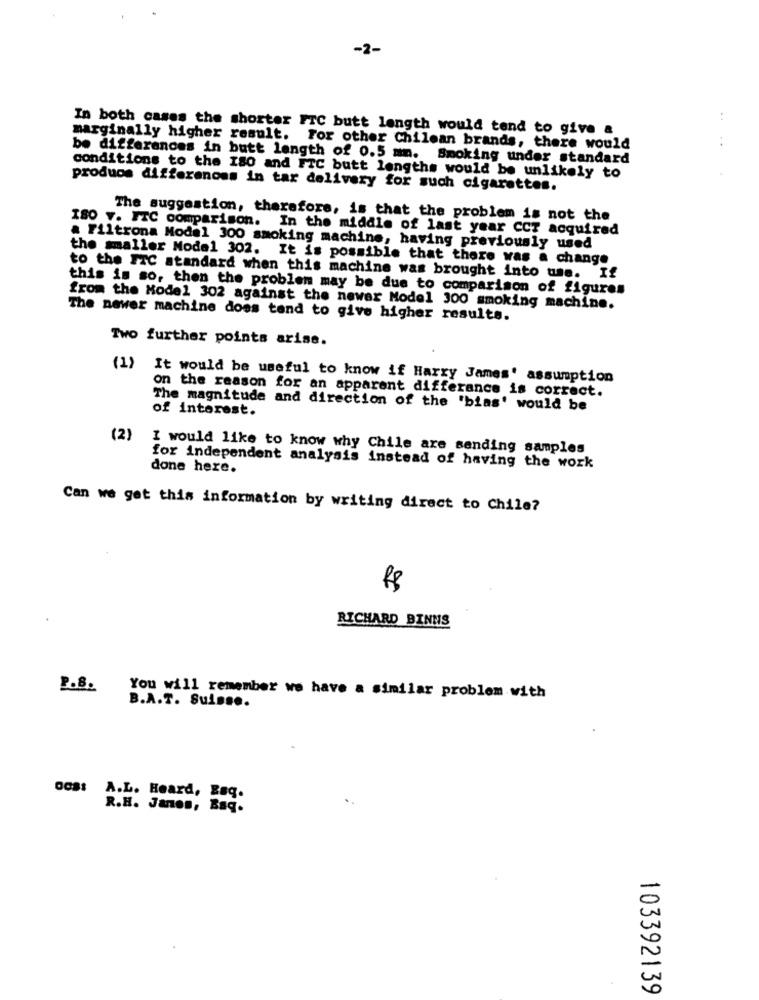
-2-
In both cases the shorter FTC butt length would tend to give &
. .
marginally higher result. For other Chilean brands, there would
be differences in butt length of 0.5 mm. Smoking under standard
conditions to the ISO and FTC butt lengths would be unlikely to
produos differences in tar delivery for such cigarettes.
The suggestion, therefore, is that the problem is not the
ISO V. ITC comparison. In the middle of last year CCT acquired
a Filtrona Model 300 smoking machine, having previously used
the smaller Model 302. It is possible that there was a change
to the ITC standard when this machine was brought into use. If
this is so, then the problem may be due to comparison of figures
from the Model 302 against the newer Model 300 smoking machine.
The newer machine does tand to give higher results.
Two further points arise.
(1)
It would be useful to know if Harry James' assumption
on the reason for an apparent differance is correct.
The magnitude and direction of the 'bias' would be
of interest.
(2)
I would like to know why Chile are sending samples
for independent analysis instead of having the work
done here.
Can we get this information by writing direct to Chile?
R$
RICHARD BINNS
P.8.
You will remember we have a similar problem with
B.A.T. Suisse.
oCs: A.L. Heard, Bag.
R.H. Janon, Bag.
103392139